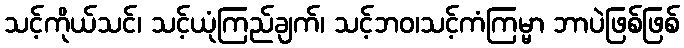
သင့်ကိုယ်သင်၊ သင့်ယုံကြည်ချက်၊ သင့်ဘဝ၊သင့်ကံကြမ္မာ ဘာပဲဖြစ်ဖြစ်